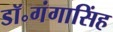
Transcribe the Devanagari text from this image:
डॉ॰गंगासिंह